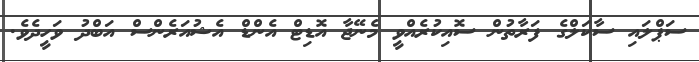
ސަޕްލައި ސާކަލްގެ ފަރާތުން ސޮއިކުރެއްވީ މެނޭޖާ އޮޑިޓް އެންޑް އެޝުއަރެންސް އަބްދު ވަހީދެވެ.